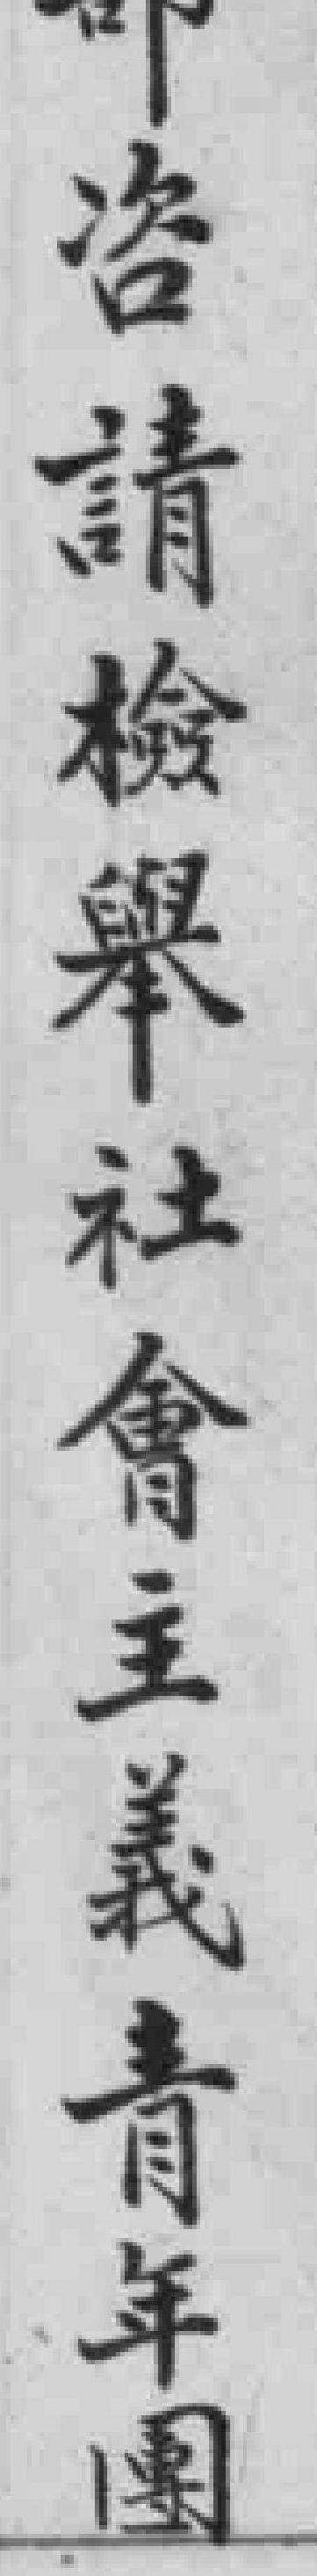
咨請檢舉社會主義青年團